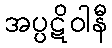
အပ္ပဋိဝါနီ